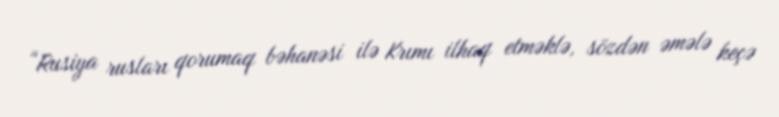
“Rusiya rusları qorumaq bəhanəsi ilə Krımı ilhaq etməklə, sözdən əmələ keçə